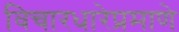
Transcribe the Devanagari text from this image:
विचारधारेप्रमाणे